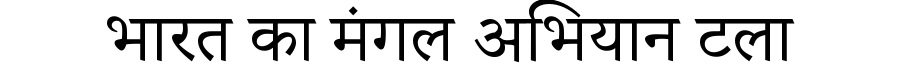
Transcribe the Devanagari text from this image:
भारत का मंगल अभियान टला